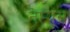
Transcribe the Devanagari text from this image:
नेप्त्यूंस